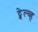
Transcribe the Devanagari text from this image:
ट्वेल्व्ह